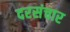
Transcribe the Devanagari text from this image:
दरसंचार